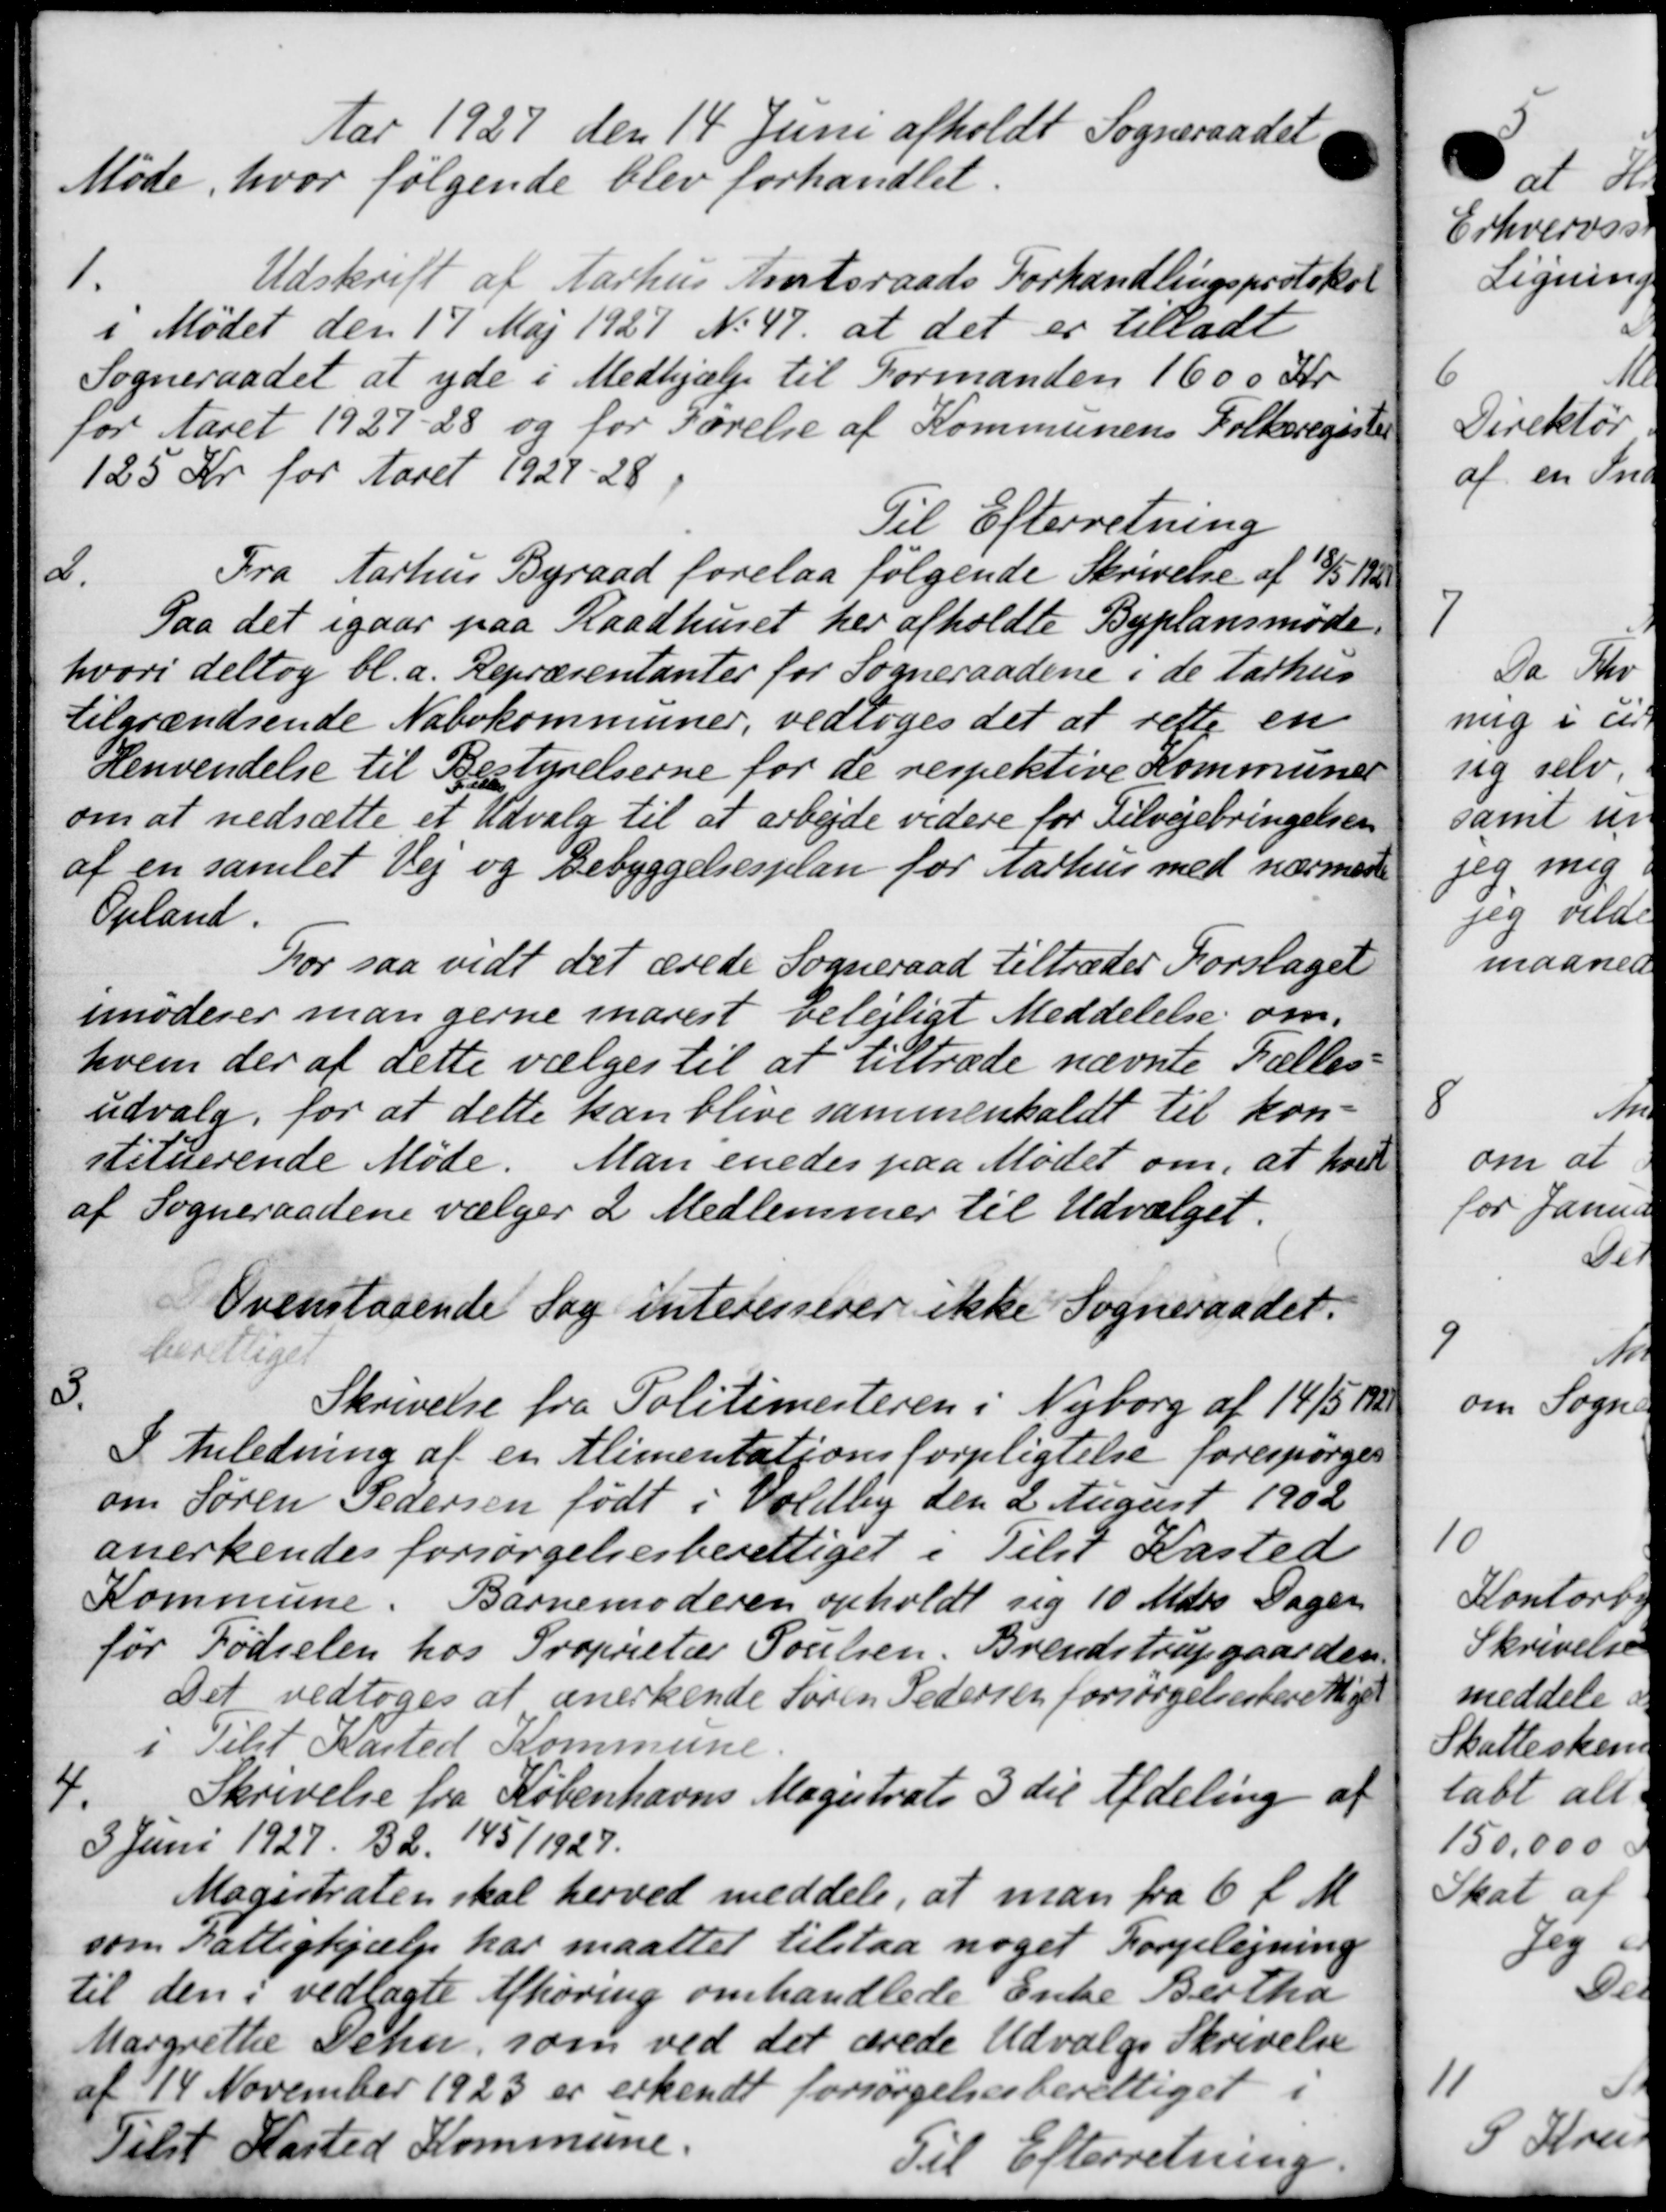
Transskription:
Aar 1927 den 14 Juni afholdt Sogneraadet
Møde, hvor følgende blev forhandlet.
1
Udskrift af Aarhus Amtsraads Forhandlingsprotokol
i Mødet den 17 Maj 1927 No 47. at det er tilladt
Sogneraadet at yde i Medhjælp til Formanden 1600 Kr
for Aaret 1927-28 og for Førelse af Kommunens Folkeregister
125 Kr for Aaret 1927-28
Til Efterretning
2.
Fra Aarhus Byraad forelaa følgende Skrivelse af 18/5 192
Paa det igaar paa Raadhuset her afholdte Byplansmøde.
hvori deltog bl.a. Repræsentanter for Sogneraadene i de Aarhus
tilgrændsende Nabokommuner, vedtoges det at rette en
Henvendelse til Bestyrelserne for de respektive Kommuner
om at nedsætte et Udvalg til at arbejde videre for Tilvejebringelsen
af en samlet Vej og Bebyggelsesplan for Aarhus med nærmere
Opland.
For saa vidt det ærede Sogneraad tiltræder Forslaget
imoderer man gerne snarest belejligt Meddelelse om,
hvem der af dette vælges til at tiltræde nævnte Fælles-
udvalg, for at dette kan blive sammenkaldt til kon-
stituerende Møde. Man enedes paa Mødet om, at hver
af Sogneraadene vælger 2 Medlemmer til Udvalget.
Ovenstaaende Sag interesserer ikke Sogneraadet.
berettiget

Skrivelse fra Politimesteren i Nyborg af 14/5
I Anledning af en Alimentationsforpligtelse forespørges
om Søren Pedersen født i Voldby den 2 August 1902
anerkendes forsørgelsesberettiget i Tilst Kasted
Kommune. Barnemoderen opholdt sig 10 Mdrs Sager
før Fødselen hos Proprietær Poulsen, Brendstrupgaarden
Det vedtoges at anerkende Søren Pedersen forsørgelsesberettiget
5 Tilst Kasted Kommune.
4.
Skrivelse fra Københavns Magistrats 3 til Afdeling af
3 Juni 1927. 32. 145 / 1927.
Magistraten skal herved meddele, at man fra 6 f. M.
som Fattighjælp har maattet tilstaa noget Forpligning
til den i vedlagte Afhøring omhandlede Enke Bertha
Margrethe Dehn, som ved det ærede Udvalgs Skrivelse
af 14 November 1923 er erkendt forsørgelsesberettiget i
Tilst Kasted Kommune
Til Efterretning.